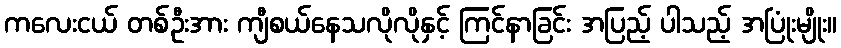
ကလေးငယ် တစ်ဦးအား ကျီစယ်နေသလိုလိုနှင့် ကြင်နာခြင်း အပြည့် ပါသည့် အပြုံးမျိုး။